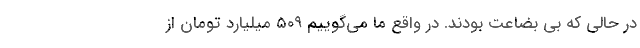
در حالی که بی بضاعت بودند. در واقع ما می‌گوییم ۵۰۹ میلیارد تومان از